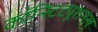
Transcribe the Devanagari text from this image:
कॉन्स्टिट्यूशनल